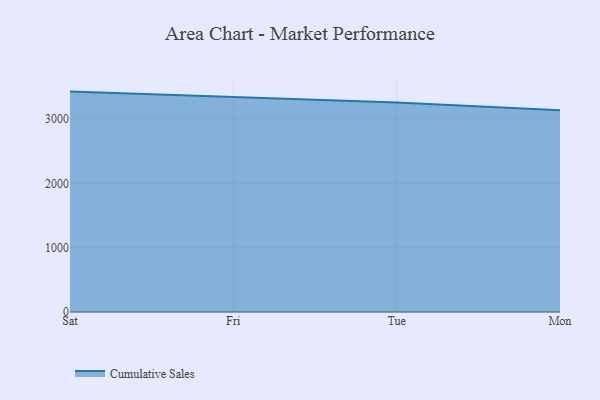
{"axis": {"x": "Day", "y": "Population (Million)"}, "legend": ["Cumulative Sales"], "data": [{"x": "Sat", "y": 3425.0, "type": "Cumulative Sales"}, {"x": "Fri", "y": 3337.3, "type": "Cumulative Sales"}, {"x": "Tue", "y": 3254.4, "type": "Cumulative Sales"}, {"x": "Mon", "y": 3136.4, "type": "Cumulative Sales"}]}